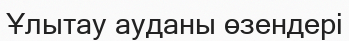
Ұлытау ауданы өзендері